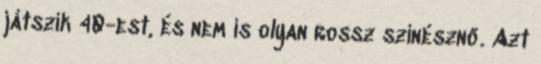
játszik 40-est, és nem is olyan rossz színésznő. Azt